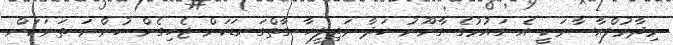
މިދާރުލްއާސާރަކީ އެ ގައުމުގެ ގާނޫނު ހަދާ މަޖިލީހާ ގާތްގަނޑަކަށް ޖެހިގެން ހުންނަ ތަނަކަށް